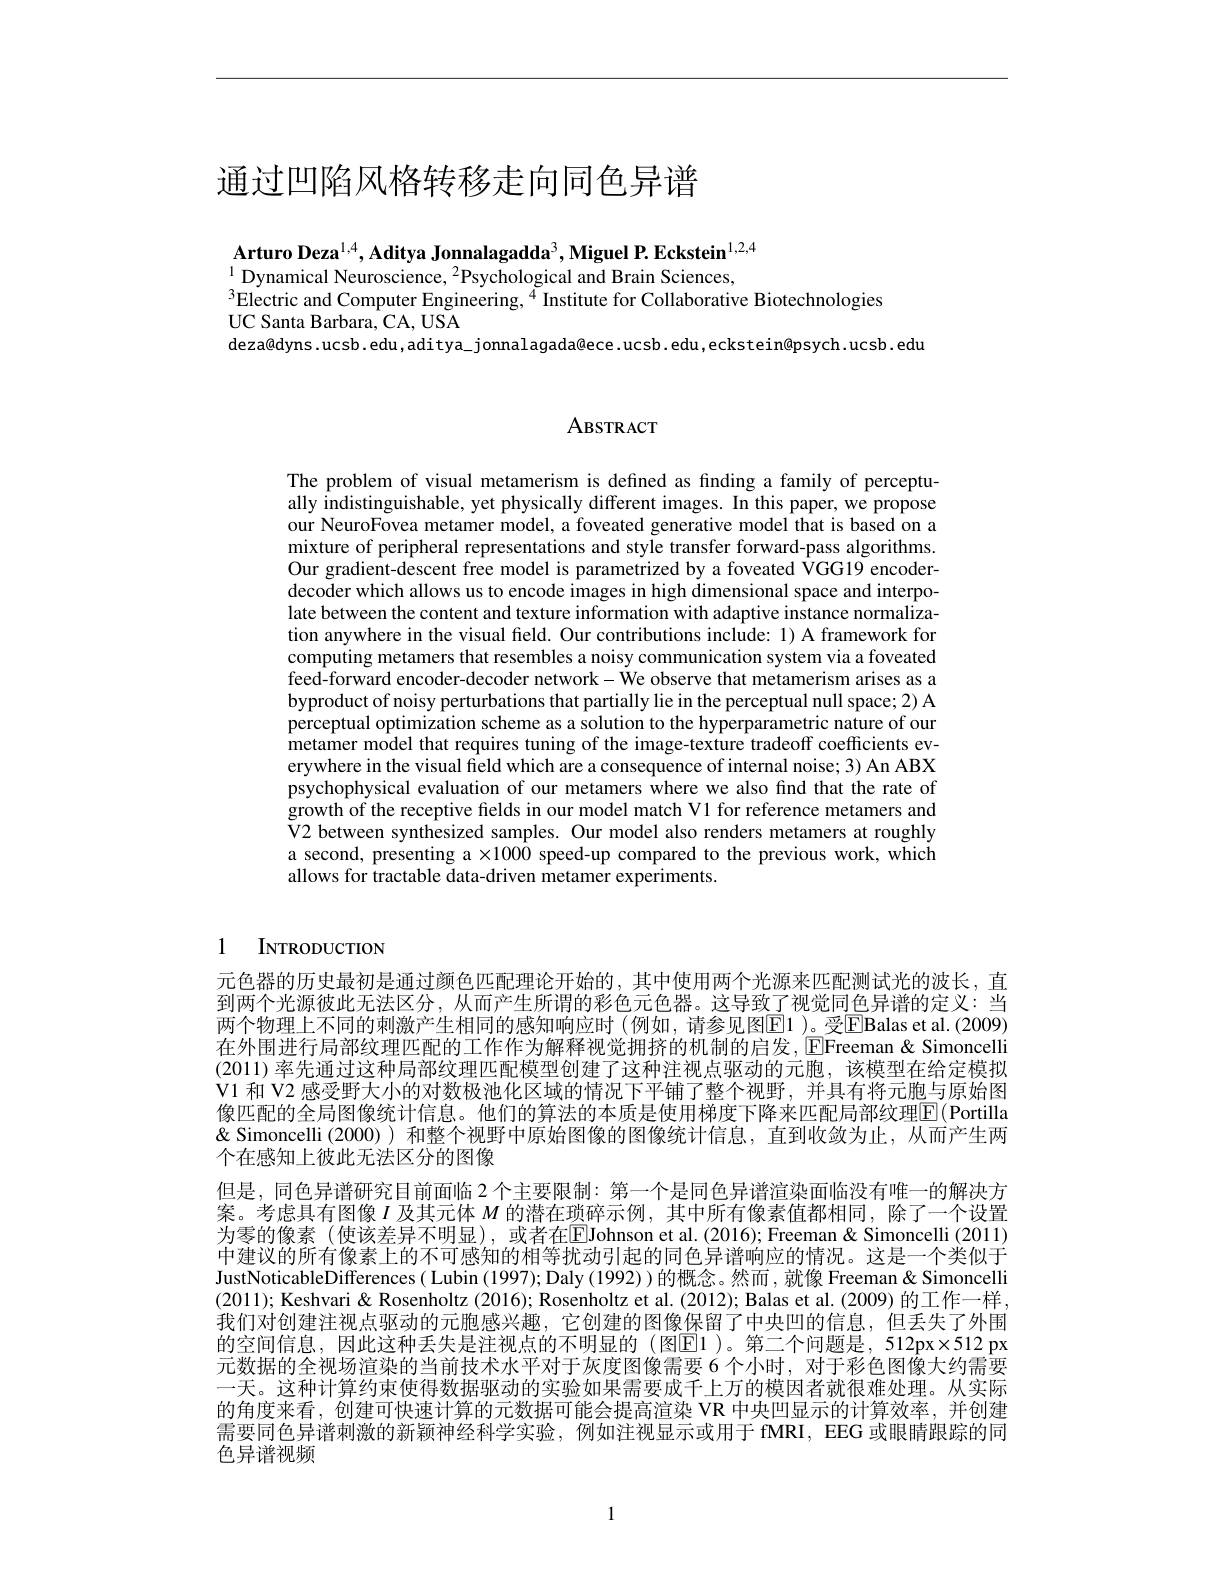
# 通过凹陷风格转移走向同色异谱

$\textbf{Arturo Deza}^{1,4},\textbf{Aditya Jonnalagadda}^3,\textbf{Miguel P. Eckstein}^{1,2,4}$
$^{1}$Dynamical Neuroscience, $^2$Psychological and Brain Sciences,
$^{3}$Electric and Computer Engineering, $^{4}$Institute for Collaborative Biotechnologies
UC Santa Barbara, CA, USA
deza@dyns.ucsb.edu,aditya\_jonnalagada@ece.ucsb.edu,eckstein@psych.ucsb.edu

## ABSTRACT

The problem of visual metamerism is defined as finding a family of perceptually indistinguishable, yet physically different images. In this paper, we propose our NeuroFovea metamer model, a foveated generative model that is based on a mixture of peripheral representations and style transfer forward-pass algorithms. Our gradient-descent free model is parametrized by a foveated VGG19 encoderdecoder which allows us to encode images in high dimensional space and interpolate between the content and texture information with adaptive instance normalization anywhere in the visual field. Our contributions include: 1) A framework for computing metamers that resembles a noisy communication system via a foveated feed-forward encoder-decoder network- We observe that metamerism arises as a byproduct of noisy perturbations that partially lie in the perceptual null space; 2) A perceptual optimization scheme as a solution to the hyperparametric nature of our metamer model that requires tuning of the image-texture tradeoff coefficients everywhere in the visual field which are a consequence of internal noise; 3) An ABX psychophysical evaluation of our metamers where we also find that the rate of growth of the receptive fields in our model match V1 for reference metamers and V2 between synthesized samples. Our model also renders metamers at roughly a second, presenting a $\times1000$ speed-up compared to the previous work, which allows for tractable data-driven metamer experiments.

# INTRODUCTION

元色器的历史最初是通过颜色匹配理论开始的，其中使用两个光源来匹配测试光的波长，直到两个光源彼此无法区分，从而产生所谓的彩色元色器。这导致了视觉同色异谱的定义：当两个物理上不同的刺激产生相同的感知响应时(例如，请参见图$\boxed{\mathrm{E}}1$ )。受$\boxed{\mathrm{E}}$Balas et al.(2009) 在外围进行局部纹理匹配的工作作为解释视觉拥挤的机制的启发，EFreeman& Simoncelli (2011) 率先通过这种局部纹理匹配模型创建了这种注视点驱动的元胞，该模型在给定模拟V1 和 V2 感受野大小的对数极池化区域的情况下平铺了整个视野，并具有将元胞与原始图像匹配的全局图像统计信息。他们的算法的本质是使用梯度下降来匹配局部纹理$\overline{\mathrm{F}}($Portilla & Simoncelli (2000)) 和整个视野中原始图像的图像统计信息，直到收敛为止，从而产生两个在感知上彼此无法区分的图像
但是，同色异谱研究目前面临 2 个主要限制：第一个是同色异谱渲染面临没有唯一的解决方案。考虑具有图像$I$及其元体$M$的潜在琐碎示例，其中所有像素值都相同，除了一个设置为零的像素(使该差异不明显),或者在$\overline{\mathrm{E}}$Johnson et al.(2016);Freeman&Simoncelli(2011) 中建议的所有像素上的不可感知的相等扰动引起的同色异谱响应的情况。这是一个类似于JustNoticableDifferences ( Lubin (1997); Daly (1992)) 的概念。然而 , 就像 Freeman & Simoncelli (2011); Keshvari & Rosenholtz (2016); Rosenholtz et al. (2012); Balas et al. (2009) 的工作一样， 我们对创建注视点驱动的元胞感兴趣，它创建的图像保留了中央凹的信息，但丢失了外围的空间信息，因此这种丢失是注视点的不明显的 (图$\overline{\mathrm{E}}$1 )。第二个问题是，512px×512 px 元数据的全视场渲染的当前技术水平对于灰度图像需要 6 个小时，对于彩色图像大约需要一天。这种计算约束使得数据驱动的实验如果需要成千上万的模因者就很难处理。从实际的角度来看，创建可快速计算的元数据可能会提高渲染 VR 中央凹显示的计算效率，并创建需要同色异谱刺激的新颖神经科学实验，例如注视显示或用于 fMRI, EEG 或眼睛跟踪的同色异谱视频

1